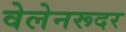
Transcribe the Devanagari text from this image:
वेलेनरूदर